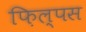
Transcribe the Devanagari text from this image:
फ़िल्पस